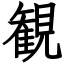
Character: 観